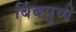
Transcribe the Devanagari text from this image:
बिंबपुष्पे